Civil Veterinary Department Bengal reports 1933-51 - 1933-1951
Year: 1933
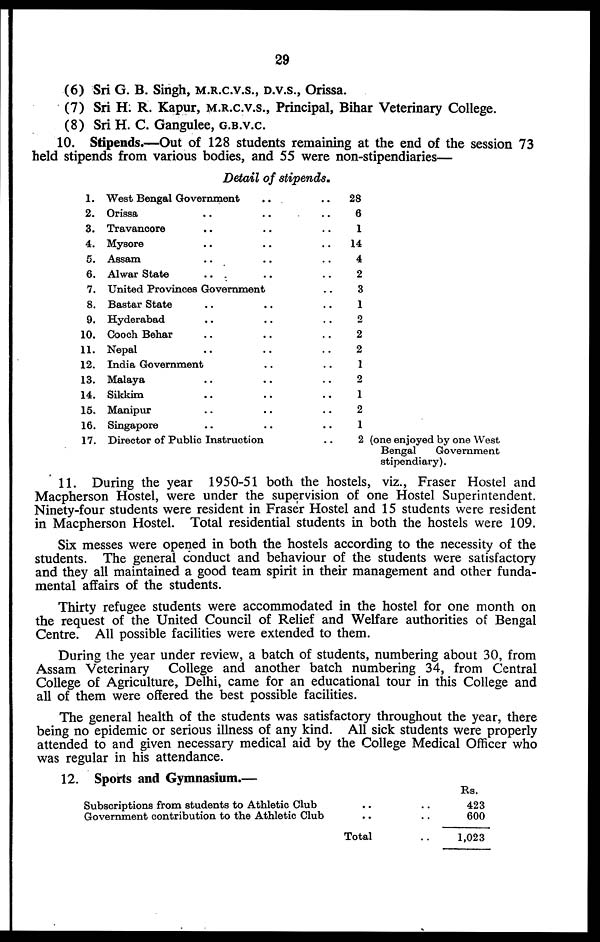
29
(6) Sri G. B. Singh, M.R.C.V.S., D.V.S., Orissa.
(7) Sri H. R. Kapur, M.R.C.V.S., Principal, Bihar Veterinary College.
(8) Sri H. C. Gangulee, G.B.V.C.
10. Stipends.—Out of 128 students remaining at the end of the session 73
held stipends from various bodies, and 55 were non-stipendiaries—
Detail of stipends.
1.
2.
3.
4.
5.
6.
7.
8.
9.
10.
11.
12.
13.
14.
15.
16.
17.
West Bengal Government .. ..
Orissa .. .. ..
Travancore .. .. ..
Mysore .. .. ..
Assam .. .. ..
Alwar State .. .. ..
United Provinces Government ..
Bastar State .. .. ..
Hyderabad .. .. ..
Cooch Behar .. .. ..
Nepal .. .. ..
India Government .. ..
Malaya .. .. ..
Sikkim .. .. ..
Manipur .. .. ..
Singapore .. .. ..
Director of Public Instruction ..
28
6
1
14
4
2
3
1
2
2
2
1
2
1
2
1
2 (one enjoyed by one West
Bengal
Government
stipendiary).
11. During the year 1950-51 both the hostels, viz., Fraser Hostel and
Macpherson Hostel, were under the supervision of one Hostel Superintendent.
Ninety-four students were resident in Fraser Hostel and 15 students were resident
in Macpherson Hostel. Total residential students in both the hostels were 109.
Six messes were opened in both the hostels according to the necessity of the
students. The general conduct and behaviour of the students were satisfactory
and they all maintained a good team spirit in their management and other funda-
mental affairs of the students.
Thirty refugee students were accommodated in the hostel for one month on
the request of the United Council of Relief and Welfare authorities of Bengal
Centre. All possible facilities were extended to them.
During ihe year under review, a batch of students, numbering about 30, from
Assam Veterinary College and another batch numbering 34, from Central
College of Agriculture, Delhi, came for an educational tour in this College and
all of them were offered the best possible facilities.
The general health of the students was satisfactory throughout the year, there
being no epidemic or serious illness of any kind. All sick students were properly
attended to and given necessary medical aid by the College Medical Officer who
was regular in his attendance.
12. Sports and Gymnasium.—
Subscriptions from students to Athletic Club
Government contribution to the Athletic Club
.. ..
.. ..
Total ..
Rs.
423
600
1.023